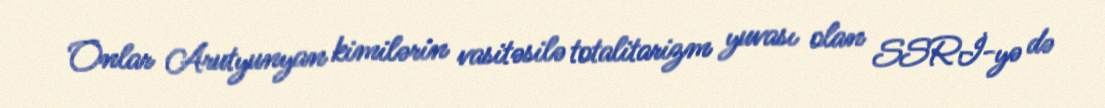
Onlar Arutyunyan kimilərin vasitəsilə totalitarizm yuvası olan SSRİ-yə də